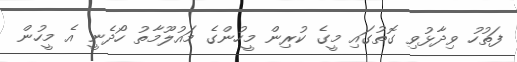
ފަތުހު ވިދާޅުވި ގޮތުގައި މީގެ ކުރިން މީހުންގެ މައުލޫމާތު ހޯދެނީ އެ މީހުން